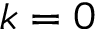
k = 0